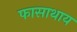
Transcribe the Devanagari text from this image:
फासाथाय